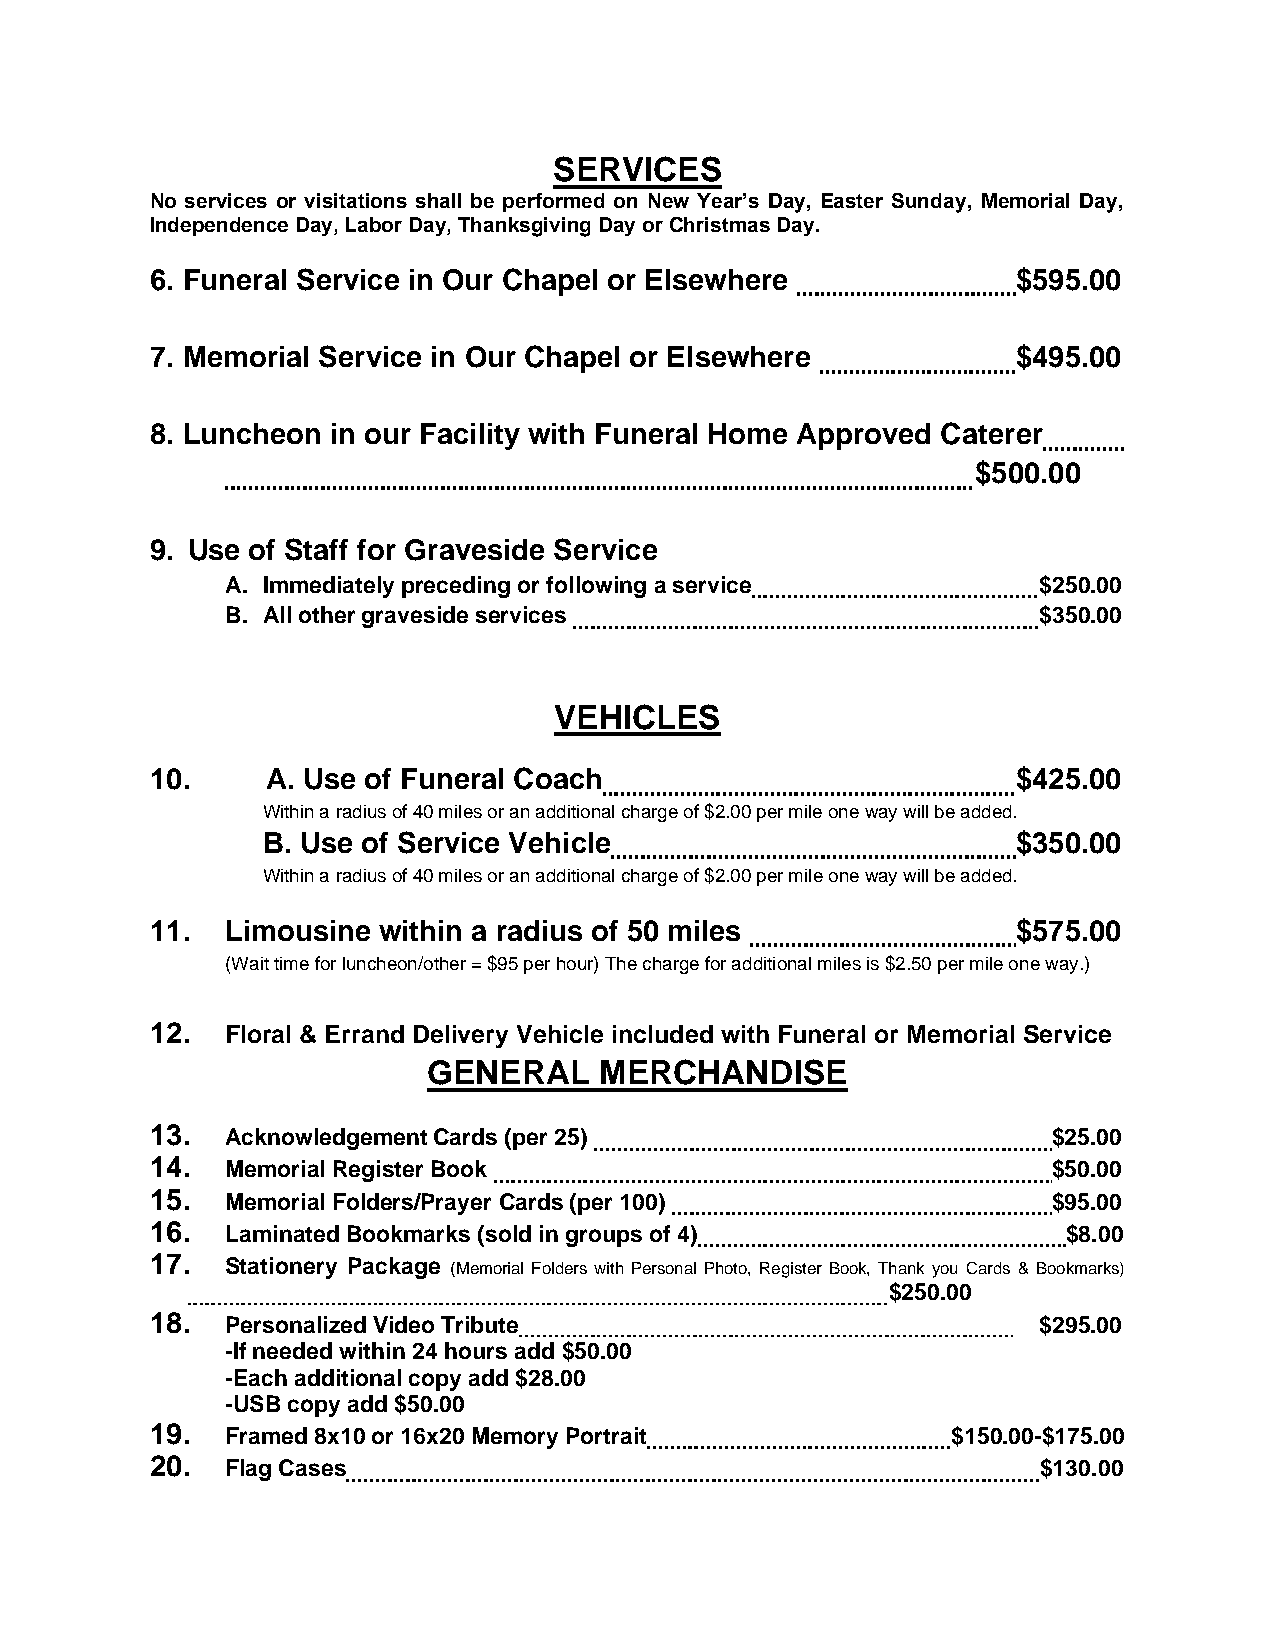
SERVICES
 No services or visitations shall be performed on New Year’s Day, Easter Sunday, Memorial Day,
 Independence Day, Labor Day, Thanksgiving Day or Christmas Day.
 6. Funeral Service in Our Chapel or Elsewhere            $595.00
 7. Memorial Service in Our Chapel or Elsewhere           $495.00
 8. Luncheon in our Facility with Funeral Home Approved Caterer
 $500.00
 9. Use of Staff for Graveside Service
 A. Immediately preceding or following a service       $250.00
 B. All other graveside services                       $350.00
 VEHICLES
 10.     A. Use of Funeral Coach                          $425.00
 Within a radius of 40 miles or an additional charge of $2.00 per mile one way will be added.
 B. Use of Service Vehicle                         $350.00
 Within a radius of 40 miles or an additional charge of $2.00 per mile one way will be added.
 11.  Limousine within a radius of 50 miles               $575.00
 (Wait time for luncheon/other = $95 per hour) The charge for additional miles is $2.50 per mile one way.)
 12.  Floral & Errand Delivery Vehicle included with Funeral or Memorial Service
 GENERAL     MERCHANDISE
 13.  Acknowledgement Cards (per 25)                         $25.00
 14.  Memorial Register Book                                 $50.00
 15.  Memorial Folders/Prayer Cards (per 100)                $95.00
 16.  Laminated Bookmarks (sold in groups of 4)               $8.00
 17.  Stationery Package (Memorial Folders with Personal Photo, Register Book, Thank you Cards & Bookmarks)
 $250.00
 18.  Personalized Video Tribute                            $295.00
 -If needed within 24 hours add $50.00
 -Each additional copy add $28.00
 -USB copy add $50.00
 19.  Framed 8x10 or 16x20 Memory Portrait            $150.00-$175.00
 20.  Flag Cases                                            $130.00